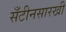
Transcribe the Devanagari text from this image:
सँटीनसारखी